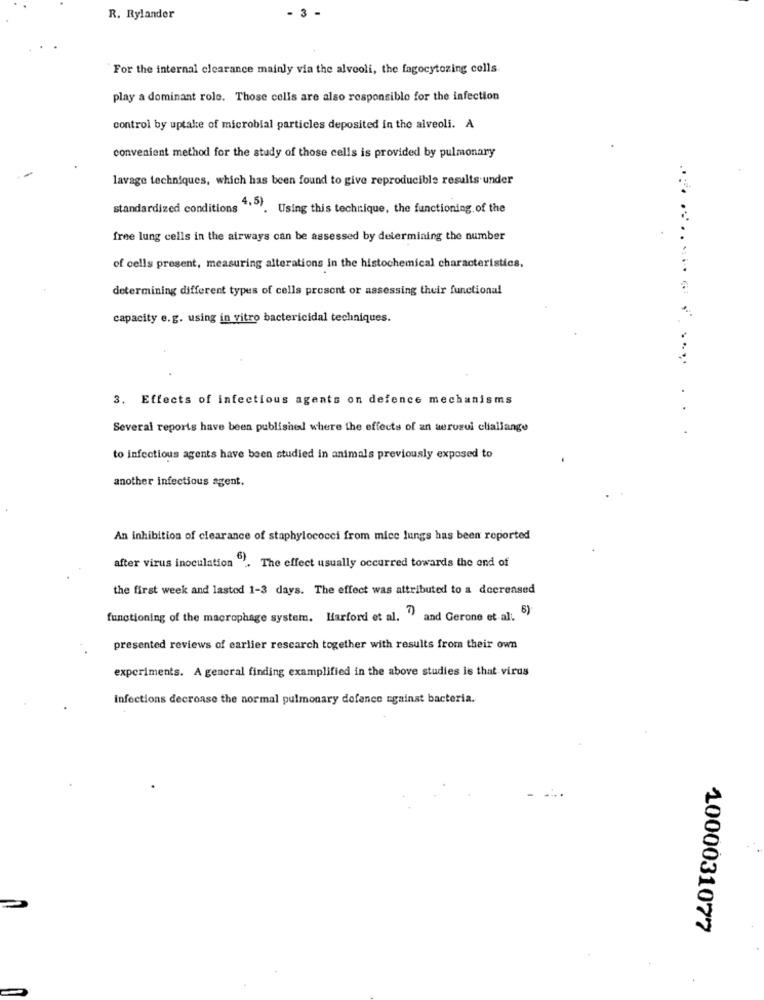
- 3 -
R. Rylander
"For the internal clearance mainly via the alveoli, the fagocytozing cells.
play a dominant role. Those cells are also responsible for the infection
control by uptake of microbial particles deposited in the alveoli. A
convenient method for the study of those cells is provided by pulmonary
lavage techniques, which has been found to give reproducible results under
standardized conditions
4.5). Using this technique, the functioning of the
free lung cells in the airways can be assessed by determining the number
of cells present, measuring alterations in the histochemical characteristics.
determining different types of cells prosent or assessing their functional
capacity e.g. using in vitro bactericidal techniques.
3. Effects of infectious agents on defence mechanisms
Several reports have been published where the effects of an serusul cliallange
to infectious agents have been studied in animals previously exposed to
another infectious agent.
An inhibition of clearance of staphylococci from mice lungs has been reported
after virus inoculation "'. The effect usually occurred towards the end of
the first week and lastod 1-3 days. The effect was attributed to a decreased
functioning of the macrophage system. Harford et al. ") and Gerone et al: $)
presented reviews of earlier research together with results from their own
experiments. A general finding examplified in the above studies is that virus
Infections decrease the normal pulmonary defence against bacteria.
1000031077